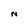
Character: N